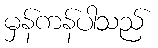
မှန်ကန်ပါသည်